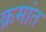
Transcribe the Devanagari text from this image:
क्रमांत